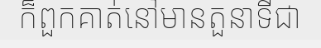
ក៏ពួកគាត់នៅមានតួនាទីជា